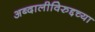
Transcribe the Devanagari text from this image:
अब्दालीविरुद्दच्या